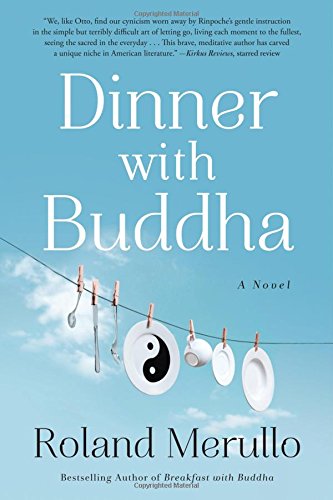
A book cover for Dinner with Buddha; Roland Merullo; Literature & Fiction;